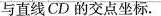
与直线CD的交点坐标.